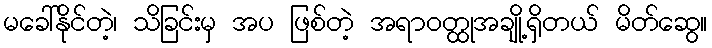
မခေါ်နိုင်တဲ့၊ သိခြင်းမှ အပ ဖြစ်တဲ့ အရာဝတ္ထုအချို့ရှိတယ် မိတ်ဆွေ။